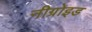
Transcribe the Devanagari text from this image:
नीग्रोइड